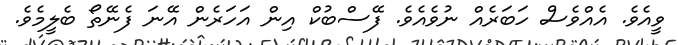
ވީއެވެ. އެއްވެސް ހަބަރެއް ނުވެއެވެ. ފޭސްބުކް އިން އަހަރެން އޭނަ ފެނޭތޯ ބެލީމެވެ.